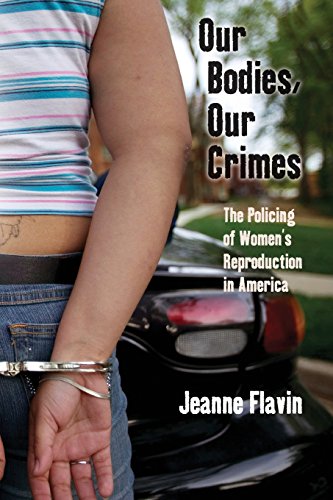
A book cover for Our Bodies, Our Crimes: The Policing of Women's Reproduction in America (Alternative Criminology); Jeanne Flavin; Politics & Social Sciences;